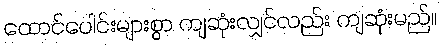
ထောင်ပေါင်းများစွာ ကျဆုံးလျှင်လည်း ကျဆုံးမည်။